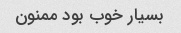
بسیار خوب بود ممنون